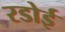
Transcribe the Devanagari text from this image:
रडोई